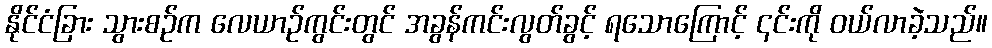
နိုင်ငံခြား သွားစဉ်က လေယာဉ်ကွင်းတွင် အခွန်ကင်းလွတ်ခွင့် ရသောကြောင့် ၎င်းကို ဝယ်လာခဲ့သည်။